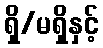
ရှိ/မရှိနှင့်